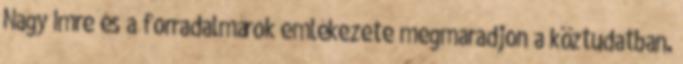
Nagy Imre és a forradalmárok emlékezete megmaradjon a köztudatban.